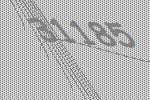
31185